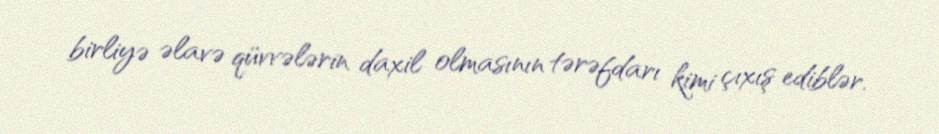
birliyə əlavə qüvvələrin daxil olmasının tərəfdarı kimi çıxış ediblər.